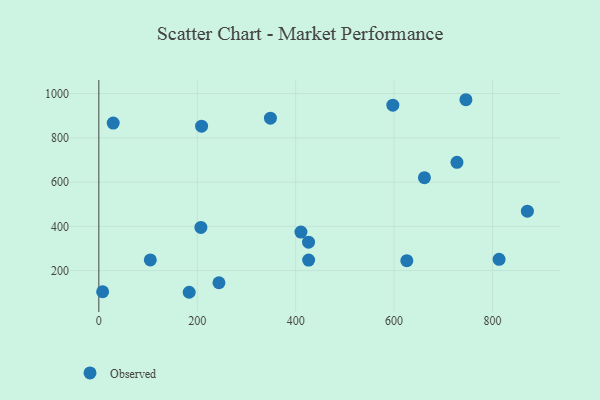
{"axis": {"x": "Engine Size", "y": "Profit"}, "legend": ["Observed"], "data": [{"x": "348.7", "y": 888.8, "type": "Observed"}, {"x": "870.9", "y": 468.8, "type": "Observed"}, {"x": "746.0", "y": 972.2, "type": "Observed"}, {"x": "244.1", "y": 145.1, "type": "Observed"}, {"x": "208.8", "y": 852.8, "type": "Observed"}, {"x": "183.6", "y": 102.1, "type": "Observed"}, {"x": "410.7", "y": 374.0, "type": "Observed"}, {"x": "661.7", "y": 619.8, "type": "Observed"}, {"x": "597.5", "y": 947.4, "type": "Observed"}, {"x": "813.4", "y": 250.8, "type": "Observed"}, {"x": "7.7", "y": 104.5, "type": "Observed"}, {"x": "104.6", "y": 248.1, "type": "Observed"}, {"x": "625.9", "y": 244.7, "type": "Observed"}, {"x": "727.8", "y": 689.1, "type": "Observed"}, {"x": "426.4", "y": 247.6, "type": "Observed"}, {"x": "426.2", "y": 328.7, "type": "Observed"}, {"x": "207.4", "y": 395.3, "type": "Observed"}, {"x": "29.2", "y": 866.9, "type": "Observed"}]}